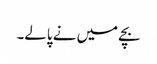
بچے میں نے پالے۔